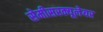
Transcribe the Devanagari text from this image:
सेमीसरक्यूलेयर